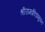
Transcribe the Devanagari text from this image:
श्रीरामक्रीडाभुवन